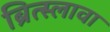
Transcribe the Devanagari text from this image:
ब्रित्स्लावा